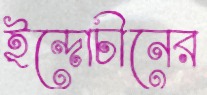
ইন্দোচীনের